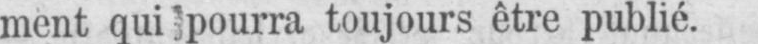
ment qui pourra toujours être publié.